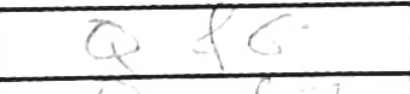
Transcription: Qf6